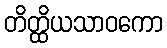
တိတ္ထိယသာဝကော